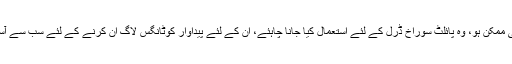
جب بھی ممکن ہو، وہ پائلٹ سوراخ ڈرل کے لئے استعمال کیا جانا چاہئے، ان کے لئے پیداوار کوٹانگس لاگ ان کرنے کے لئے سب سے آسان ہیں ۔